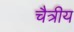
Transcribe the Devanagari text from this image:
चैत्रीय